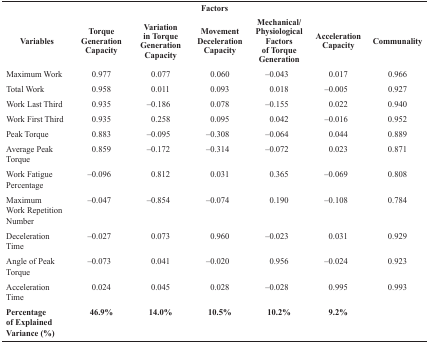
| <COLSPAN=7> Factors |
 | Variables | Torque Generation Capacity | Variation in Torque Generation Capacity | Movement Deceleration Capacity | Mechanical/ Physiological Factors of TorqueGeneration | Acceleration Capacity | Communality |
 | --- | --- | --- | --- | --- | --- | --- |
 | Maximum Work | 0.977 | 0.077 | 0.060 | –0.043 | 0.017 | 0.966 |
 | Total Work | 0.958 | 0.011 | 0.093 | 0.018 | –0.005 | 0.927 |
 | Work Last Third | 0.935 | –0.186 | 0.078 | –0.155 | 0.022 | 0.940 |
 | Work First Third | 0.935 | 0.258 | 0.095 | 0.042 | –0.016 | 0.952 |
 | Peak Torque | 0.883 | –0.095 | –0.308 | –0.064 | 0.044 | 0.889 |
 | Average Peak Torque | 0.859 | –0.172 | –0.314 | –0.072 | 0.023 | 0.871 |
 | Work Fatigue Percentage | –0.096 | 0.812 | 0.031 | 0.365 | –0.069 | 0.808 |
 | Maximum Work Repetition Number | –0.047 | –0.854 | –0.074 | 0.190 | –0.108 | 0.784 |
 | Deceleration Time | –0.027 | 0.073 | 0.960 | –0.023 | 0.031 | 0.929 |
 | Angle of Peak Torque | –0.073 | 0.041 | –0.020 | 0.956 | –0.024 | 0.923 |
 | Acceleration Time | 0.024 | 0.045 | 0.028 | –0.028 | 0.995 | 0.993 |
 | Percentage of Explained Variance (%) | 46.9% | 14.0% | 10.5% | 10.2% | 9.2% |  |